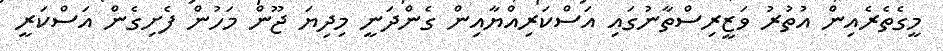
މީގެތެރެއިން އުތުރު ވަޒީރިސްތާނުގައި އަސްކަރިއްޔާއިން ގެންދަނީ މިދިޔަ ޖޫން މަހުން ފެށިގެން އަސްކަރީ